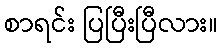
စာရင်း ပြပြီးပြီလား။